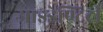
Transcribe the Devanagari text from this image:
आइडेण्टिटी